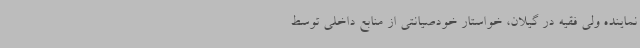
نماینده ولی فقیه در گیلان، خواستار خودصیانتی از منابع داخلی توسط